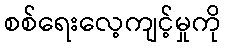
စစ်ရေးလေ့ကျင့်မှုကို